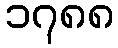
၁၇၈၈